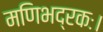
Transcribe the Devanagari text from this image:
मणिभद्रकः।